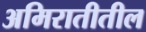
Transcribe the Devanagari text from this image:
अमिरातीतील